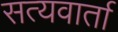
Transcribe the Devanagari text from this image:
सत्यवार्ता